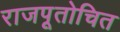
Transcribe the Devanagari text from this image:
राजपूतोचित